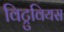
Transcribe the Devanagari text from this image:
विट्रुवियस